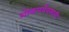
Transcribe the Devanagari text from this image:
शोकपर्यवसायी